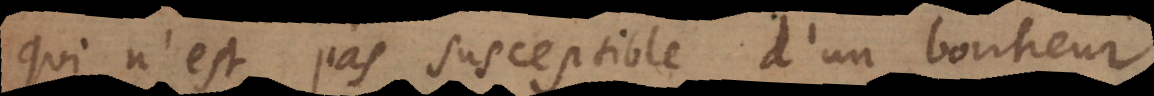
qui n’est pas susceptible d’un bonheur